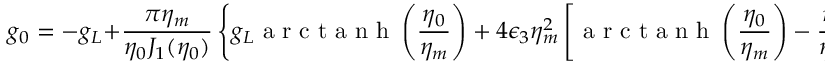
g _ { 0 } = - g _ { L } + \frac { \pi \eta _ { m } } { \eta _ { 0 } J _ { 1 } ( \eta _ { 0 } ) } \left\{ g _ { L } \mathrm { ~ a ~ r ~ c ~ t ~ a ~ n ~ h ~ } \left( \frac { \eta _ { 0 } } { \eta _ { m } } \right) + 4 \epsilon _ { 3 } \eta _ { m } ^ { 2 } \left[ \mathrm { ~ a ~ r ~ c ~ t ~ a ~ n ~ h ~ } \left( \frac { \eta _ { 0 } } { \eta _ { m } } \right) - \frac { \eta _ { 0 } } { \eta _ { m } } \right] \right\} .